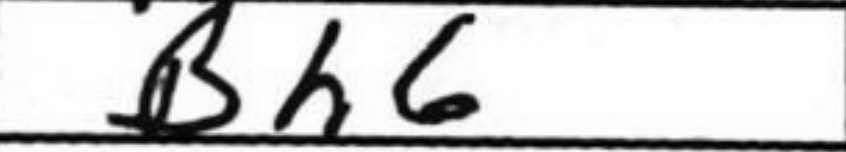
Transcription: Bh6